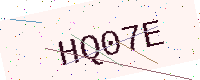
Text: HQ07E